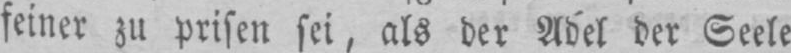
feiner zu prisen sei, als der Adel der Seele